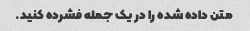
متن داده شده را در یک جمله فشرده کنید.